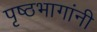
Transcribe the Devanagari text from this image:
पृष्ठभागांनी